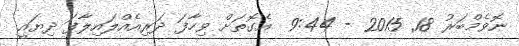
ނޮވެމްބަރު 18